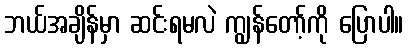
ဘယ်အချိန်မှာ ဆင်းရမလဲ ကျွန်တော့်ကို ပြောပါ။